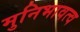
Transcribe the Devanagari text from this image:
मुनिभावत्व